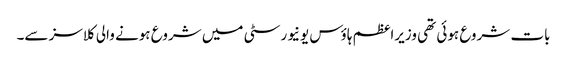
بات شروع ہوئی تھی وزیراعظم ہاؤس یونیورسٹی میں شروع ہونے والی کلاسز سے۔